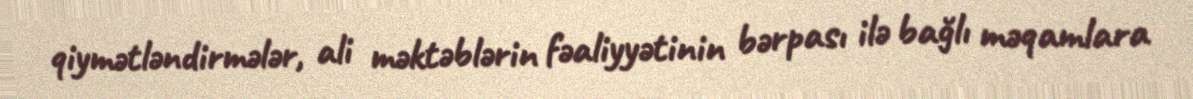
qiymətləndirmələr, ali məktəblərin fəaliyyətinin bərpası ilə bağlı məqamlara